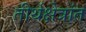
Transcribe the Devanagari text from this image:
तीर्थक्षेत्रांत